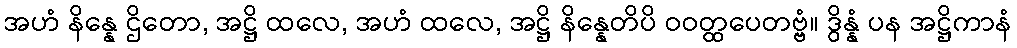
အဟံ နိန္နေ ဌိတော, အဋ္ဌိ ထလေ, အဟံ ထလေ, အဋ္ဌိ နိန္နေတိပိ ဝဝတ္ထပေတဗ္ဗံ။ ဒွိန္နံ ပန အဋ္ဌိကာနံ